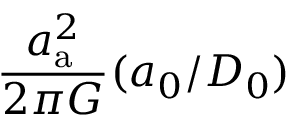
\frac { a _ { \mathrm { a } } ^ { 2 } } { 2 \pi G } ( a _ { 0 } / D _ { 0 } )